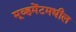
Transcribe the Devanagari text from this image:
मूव्हमेंटमधील